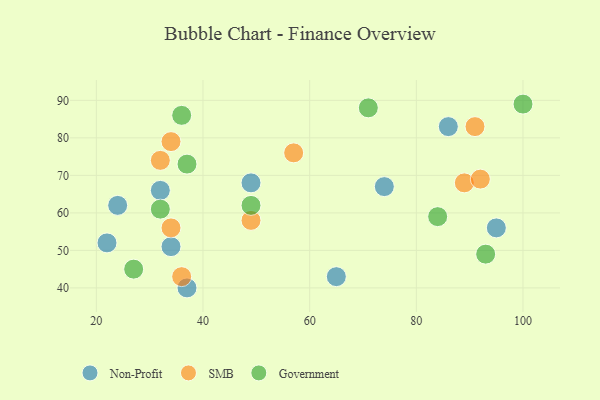
{"axis": {"x": "GDP", "y": "Life Expectancy"}, "legend": ["Government", "Non-Profit", "SMB"], "data": [{"x": "24", "y": 62, "type": "Non-Profit"}, {"x": "86", "y": 83, "type": "Non-Profit"}, {"x": "34", "y": 51, "type": "Non-Profit"}, {"x": "65", "y": 43, "type": "Non-Profit"}, {"x": "95", "y": 56, "type": "Non-Profit"}, {"x": "74", "y": 67, "type": "Non-Profit"}, {"x": "22", "y": 52, "type": "Non-Profit"}, {"x": "37", "y": 40, "type": "Non-Profit"}, {"x": "49", "y": 68, "type": "Non-Profit"}, {"x": "32", "y": 66, "type": "Non-Profit"}, {"x": "49", "y": 58, "type": "SMB"}, {"x": "57", "y": 76, "type": "SMB"}, {"x": "32", "y": 74, "type": "SMB"}, {"x": "34", "y": 79, "type": "SMB"}, {"x": "36", "y": 43, "type": "SMB"}, {"x": "89", "y": 68, "type": "SMB"}, {"x": "91", "y": 83, "type": "SMB"}, {"x": "34", "y": 56, "type": "SMB"}, {"x": "92", "y": 69, "type": "SMB"}, {"x": "49", "y": 62, "type": "Government"}, {"x": "32", "y": 61, "type": "Government"}, {"x": "100", "y": 89, "type": "Government"}, {"x": "37", "y": 73, "type": "Government"}, {"x": "36", "y": 86, "type": "Government"}, {"x": "93", "y": 49, "type": "Government"}, {"x": "71", "y": 88, "type": "Government"}, {"x": "84", "y": 59, "type": "Government"}, {"x": "27", "y": 45, "type": "Government"}]}